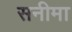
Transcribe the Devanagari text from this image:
सनीमा